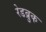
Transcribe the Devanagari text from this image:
रेडब्रुक